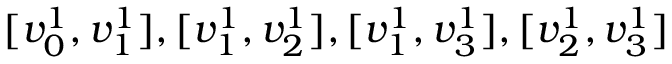
[ v _ { 0 } ^ { 1 } , v _ { 1 } ^ { 1 } ] , [ v _ { 1 } ^ { 1 } , v _ { 2 } ^ { 1 } ] , [ v _ { 1 } ^ { 1 } , v _ { 3 } ^ { 1 } ] , [ v _ { 2 } ^ { 1 } , v _ { 3 } ^ { 1 } ]